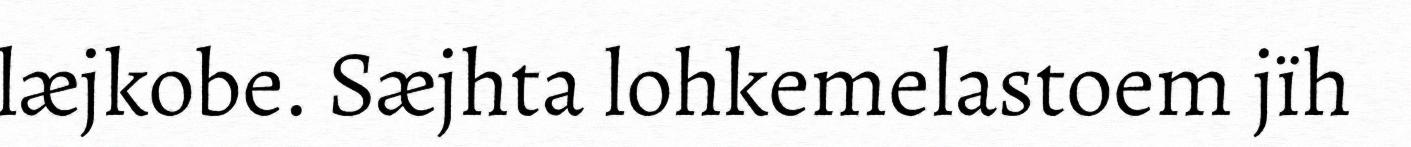
læjkobe. Sæjhta lohkemelastoem jïh